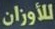
للأوزان